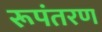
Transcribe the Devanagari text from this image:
रूपंतरण